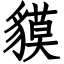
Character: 貘